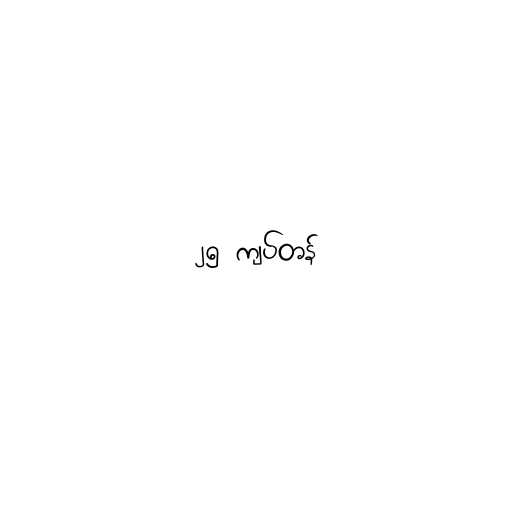
၂၅ ကျပ်တန်